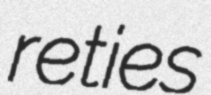
reties